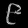
Digit: ၉